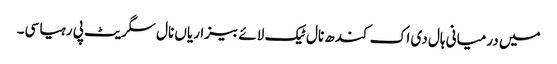
میں درمیانی ہال دی اک کندھ نال ٹیک لائے بیزاریاں نال سگریٹ پی رہیا سی۔